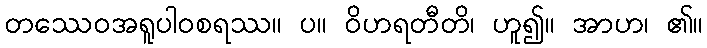
တဿေဝအရူပါဝစရဿ။ ပ။ ဝိဟရတီတိ၊ ဟူ၍။ အာဟ၊ ၏။